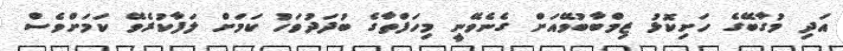
އަދި މުގާބޭގެ ހަށިކޮޅު ޒިމްބާބުވޭއަށް ގެނެވޭނީ މިހަފްތާގެ ބުދަދުވަހު ކަމަށް ލަފާކުރެވޭ ކަމަށްވެސް